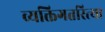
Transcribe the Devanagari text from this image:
व्यक्तिगतरित्या